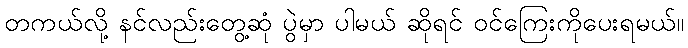
တကယ်လို့ နင်လည်းတွေ့ဆုံ ပွဲမှာ ပါမယ် ဆိုရင် ဝင်ကြေးကိုပေးရမယ်။